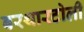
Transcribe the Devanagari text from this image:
बरथारटोली